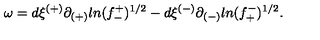
\omega = d \xi ^ { ( + ) } \partial _ { ( + ) } l n ( f _ { - } ^ { + } ) ^ { 1 / 2 } - d \xi ^ { ( - ) } \partial _ { ( - ) } l n ( f _ { + } ^ { - } ) ^ { 1 / 2 } .